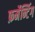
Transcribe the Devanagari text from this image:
फ़र्मेन्टिंग